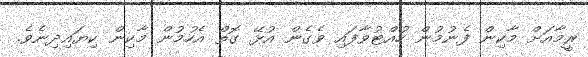
ރީމާއަށް މާކިން ފެނުމުން ހުއްޓުވާފައި ވެގެން އުޅޭ ގޮތް އެހުމުން މާކިން ކިޔައިދިނެވެ.